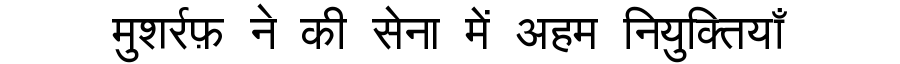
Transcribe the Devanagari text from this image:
मुशर्रफ़ ने की सेना में अहम नियुक्तियाँ